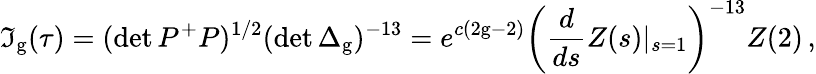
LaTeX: \mathfrak{I}_{\mathrm{{g}}}(\tau)=(\operatorname*{det}P^{+}P)^{1/2}(\operatorname*{det}\Delta_{\mathrm{{g}}})^{-13}=e^{c(2\mathrm{{g}}-2)}\left(\frac{{d}}{{ds}}Z(s)|_{s=1}\right)^{-13}Z(2)\, ,